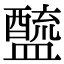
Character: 𨣓